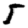
Digit: 5